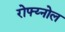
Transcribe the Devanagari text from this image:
रोफ्य्नोल